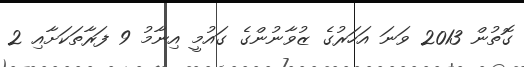
ގޮތުން 2013 ވަނަ އަހަރުގެ ޒުވާނުންގެ ގައުމީ އިނާމު 9 ފަރާތަކަށާއި 2